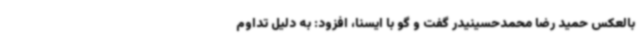
بالعکس حمید رضا محمدحسینیدر گفت و گو با ایسنا، افزود: به دلیل تداوم